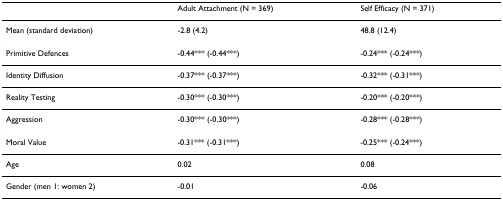
|  | Adult Attachment (N = 369) | Self Efficacy (N = 371) |
 | --- | --- | --- |
 | Mean (standard deviation) | -2.8 (4.2) | 48.8 (12.4) |
 | Primitive Defences | -0.44*** (-0.44***) | -0.24*** (-0.24***) |
 | Identity Diffusion | -0.37*** (-0.37***) | -0.32*** (-0.31***) |
 | Reality Testing | -0.30*** (-0.30***) | -0.20*** (-0.20***) |
 | Aggression | -0.30*** (-0.30***) | -0.28*** (-0.28***) |
 | Moral Value | -0.31*** (-0.31***) | -0.25*** (-0.24***) |
 | Age | 0.02 | 0.08 |
 | Gender (men 1: women 2) | -0.01 | -0.06 |